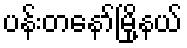
ပန်းတနော်မြို့နယ်